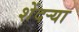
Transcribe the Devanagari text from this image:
शेंदर्‍या